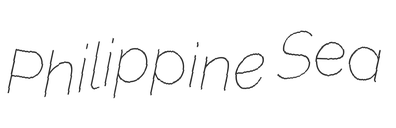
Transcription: Philippine Sea